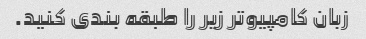
زبان کامپیوتر زیر را طبقه بندی کنید.